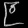
Digit: ၉